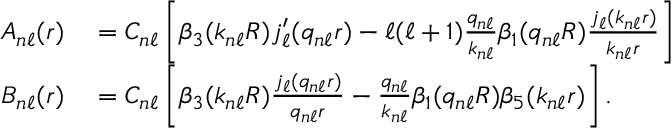
\begin{array} { r l } { A _ { n \ell } ( r ) } & { { } = C _ { n \ell } \left[ \beta _ { 3 } ( k _ { n \ell } R ) j _ { \ell } ^ { \prime } ( q _ { n \ell } r ) - \ell ( \ell + 1 ) \frac { q _ { n \ell } } { k _ { n \ell } } \beta _ { 1 } ( q _ { n \ell } R ) \frac { j _ { \ell } ( k _ { n \ell } r ) } { k _ { n \ell } r } \right] } \\ { B _ { n \ell } ( r ) } & { { } = C _ { n \ell } \left[ \beta _ { 3 } ( k _ { n \ell } R ) \frac { j _ { \ell } ( q _ { n \ell } r ) } { q _ { n \ell } r } - \frac { q _ { n \ell } } { k _ { n \ell } } \beta _ { 1 } ( q _ { n \ell } R ) \beta _ { 5 } ( k _ { n \ell } r ) \right] . } \end{array}